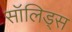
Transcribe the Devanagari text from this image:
सॉलिड्स